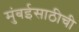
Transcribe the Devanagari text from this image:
मुंबईसाठीची